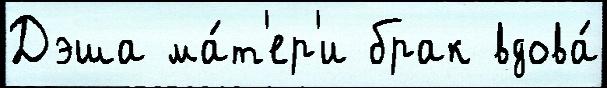
Дэша ма́т'ер'и брак вдова́